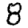
Digit: 8